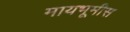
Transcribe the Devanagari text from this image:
मायभूमीस